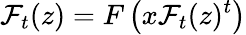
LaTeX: {\mathcal{F}}_{t}(z)=F\left(x{\mathcal{F}}_{t}(z)^{t}\right)